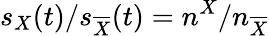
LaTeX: s_{X}(t)/s_{\overline{{X}}}(t)=n^{X}/n_{\overline{{X}}}